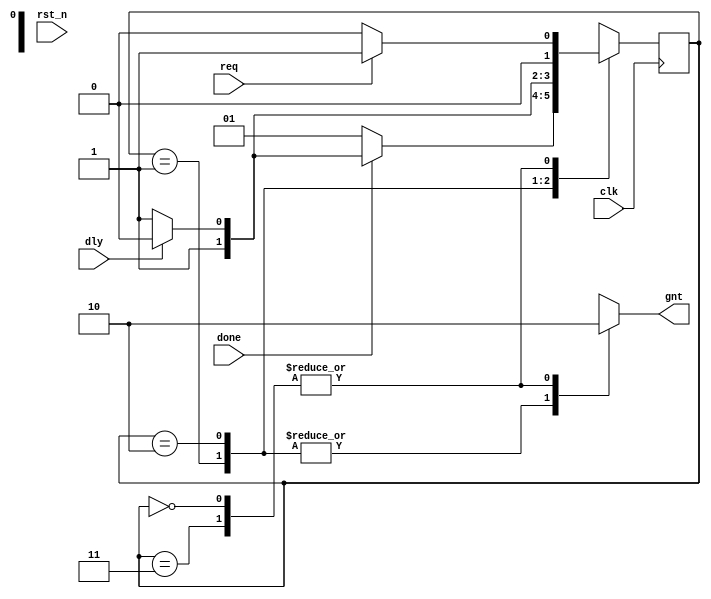
module in_fsm (
output reg gnt,
input dly, done, req, clk, rst_n);

// fixme: it's make hot?
parameter [1:0] IDLE = 2'b00,
				BBUSY = 2'b01,
				BWAIT = 2'b10,
				BFREE = 2'b11;

reg [1:0] state;
reg [1:0] next;  // fixme:   ?

always @(posedge clk
	//or posedge rst_n
	) begin
	// always <= !!!
	//if (!rst_n) 
	// if (rst_n) 
	// 	state <= IDLE;
	// else 
		state <= next;
end

// "For combinational blocks 
//	(blocks that contain no registers or latches)"
// "the sensitivity list must include every 
//  signal that is !!!read by the process."
always @(state or dly or done or req) begin
	// intitialize outputs to avoid latches?
	next = 2'bx;
	gnt = 1'b0;

	case (state)
		IDLE: 
			if (req)
				next = BBUSY;
			else
				next = IDLE;
		BBUSY: begin
			gnt = 1'b1;
			if (!done)
				next = BBUSY;
			else begin
				if ( dly )
					next = BWAIT;
				else
					next = BFREE;
			end
		end
		BWAIT: begin
			gnt = 1'b1;
			if (!dly)
				next = BFREE;
			else begin
				next = BWAIT;
			end
		end
		BFREE: 
			if ( req )
				next = BBUSY;
			else 
				next = IDLE;
	endcase
end

endmodule